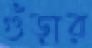
গুঁড়ার